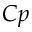
C p